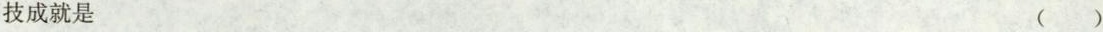
技成就是 ( )